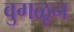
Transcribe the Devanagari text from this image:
वुगळून